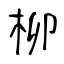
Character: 柳